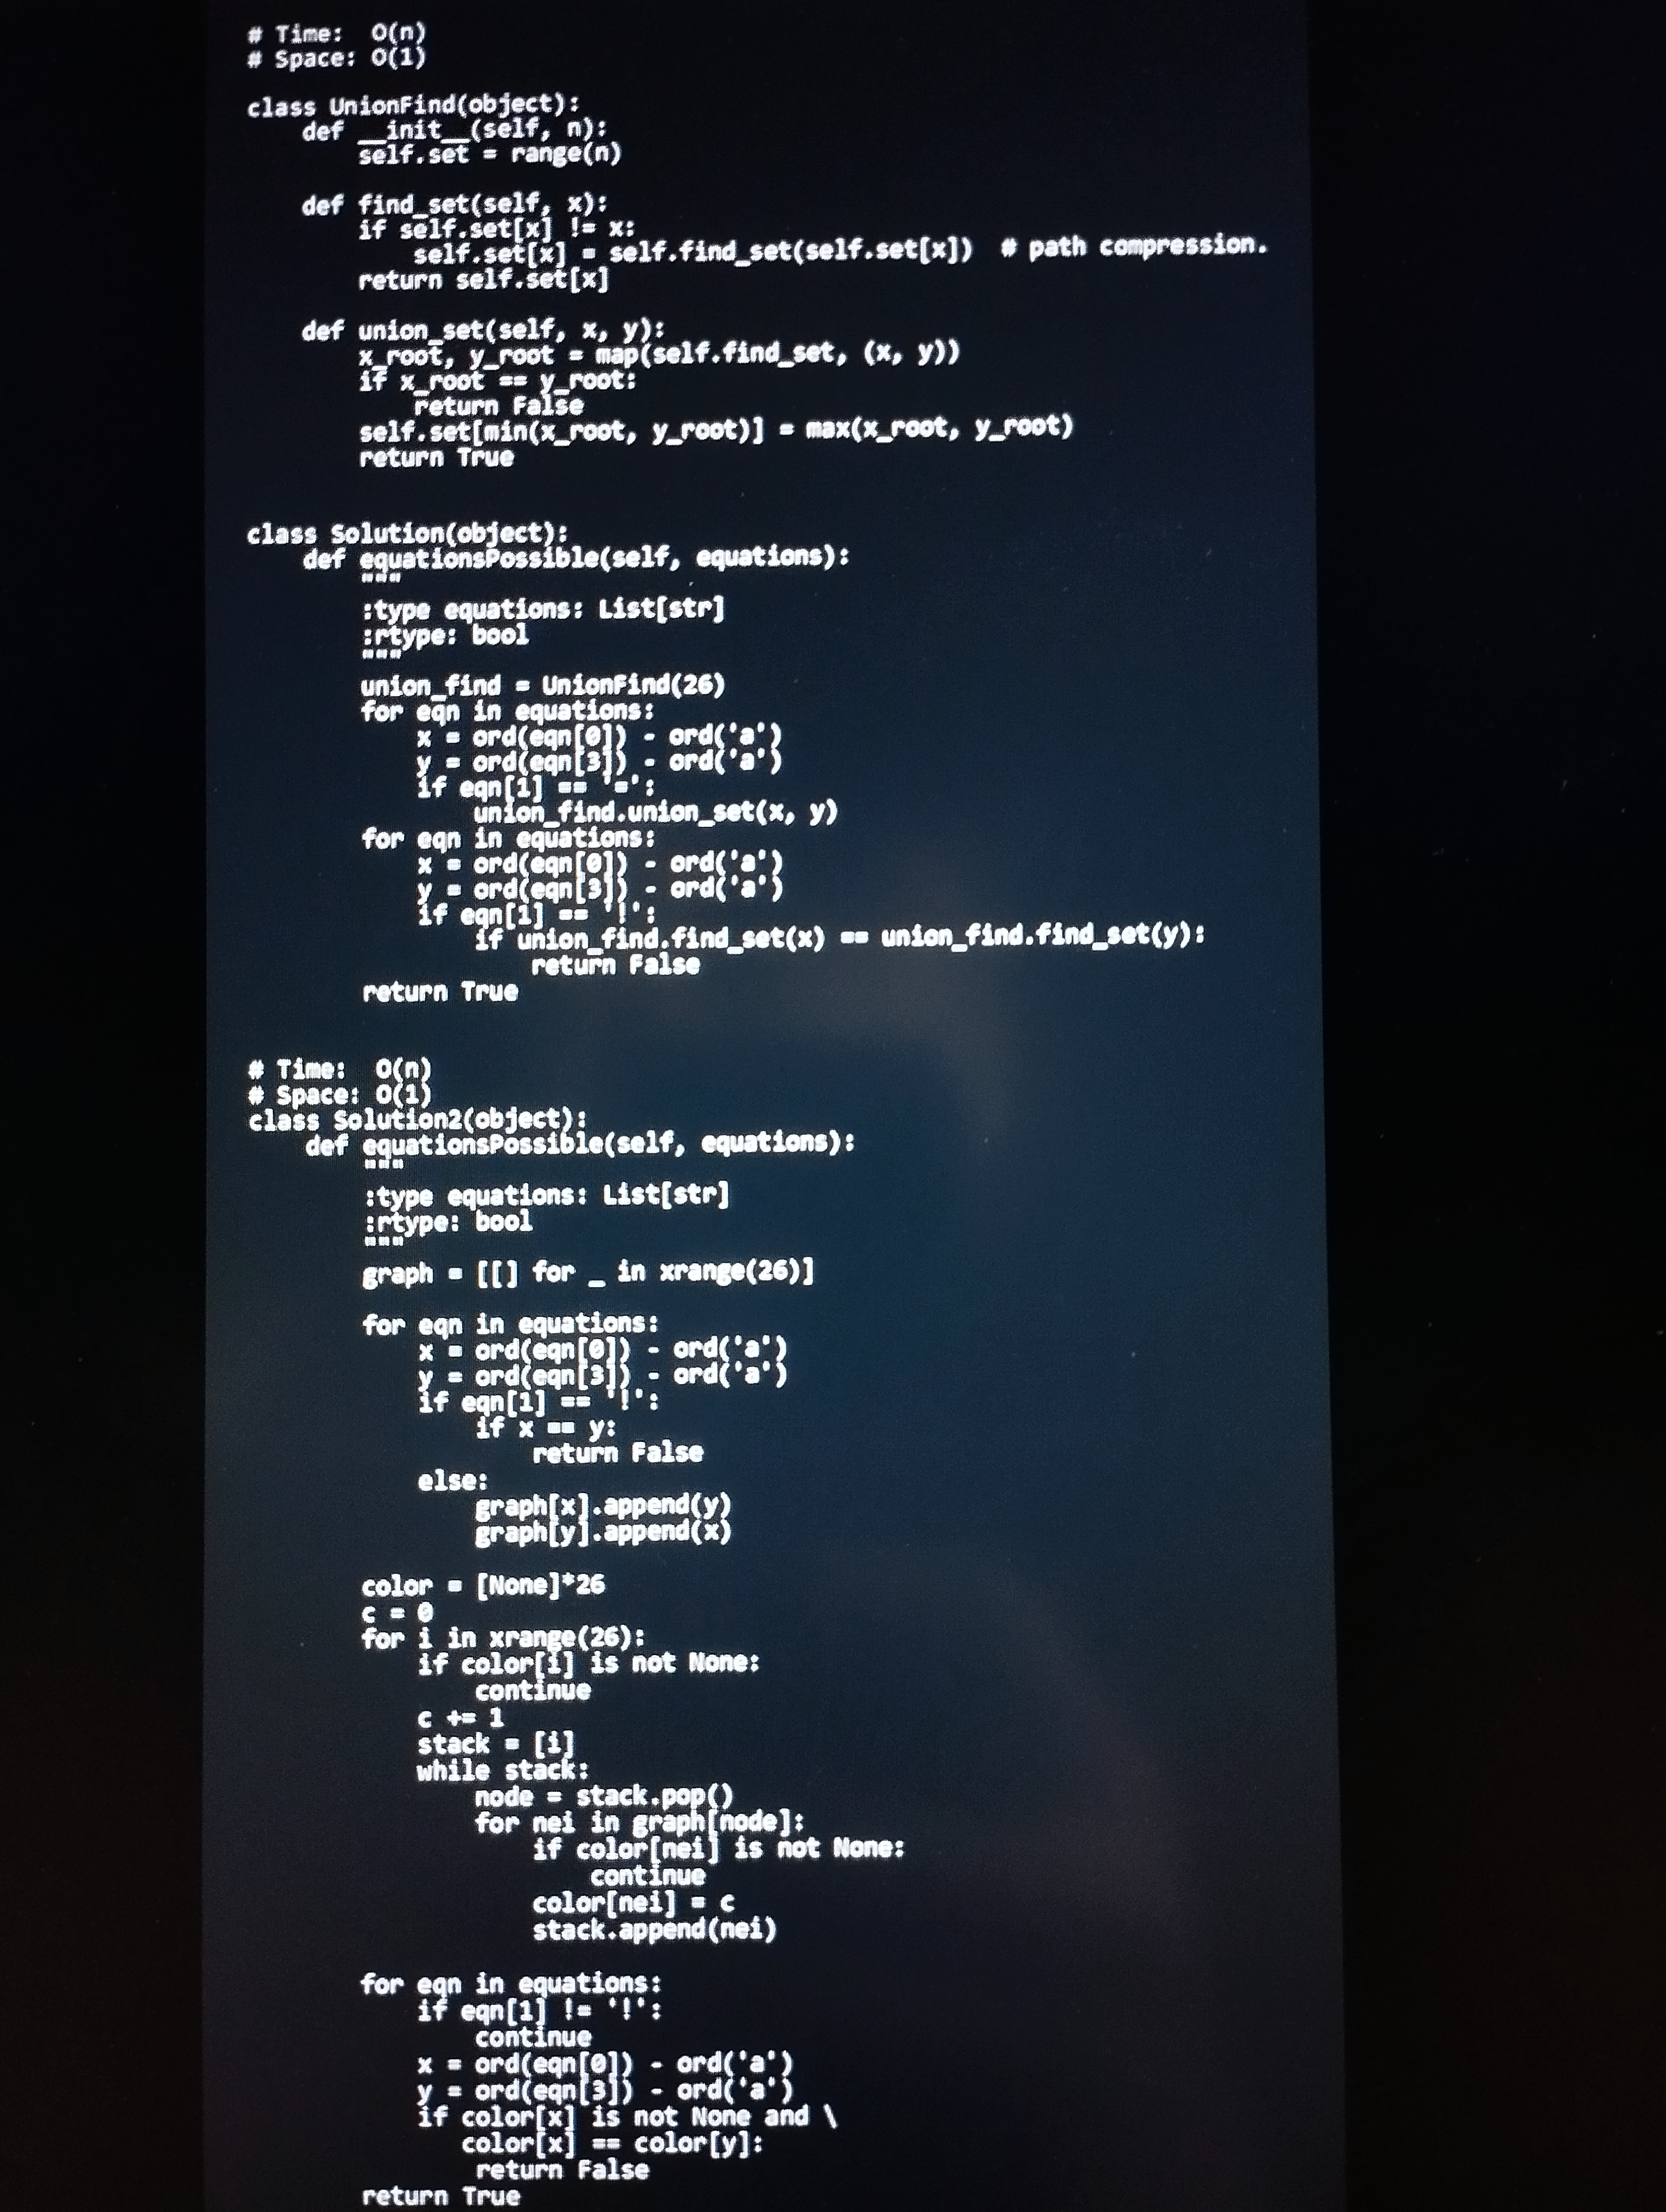
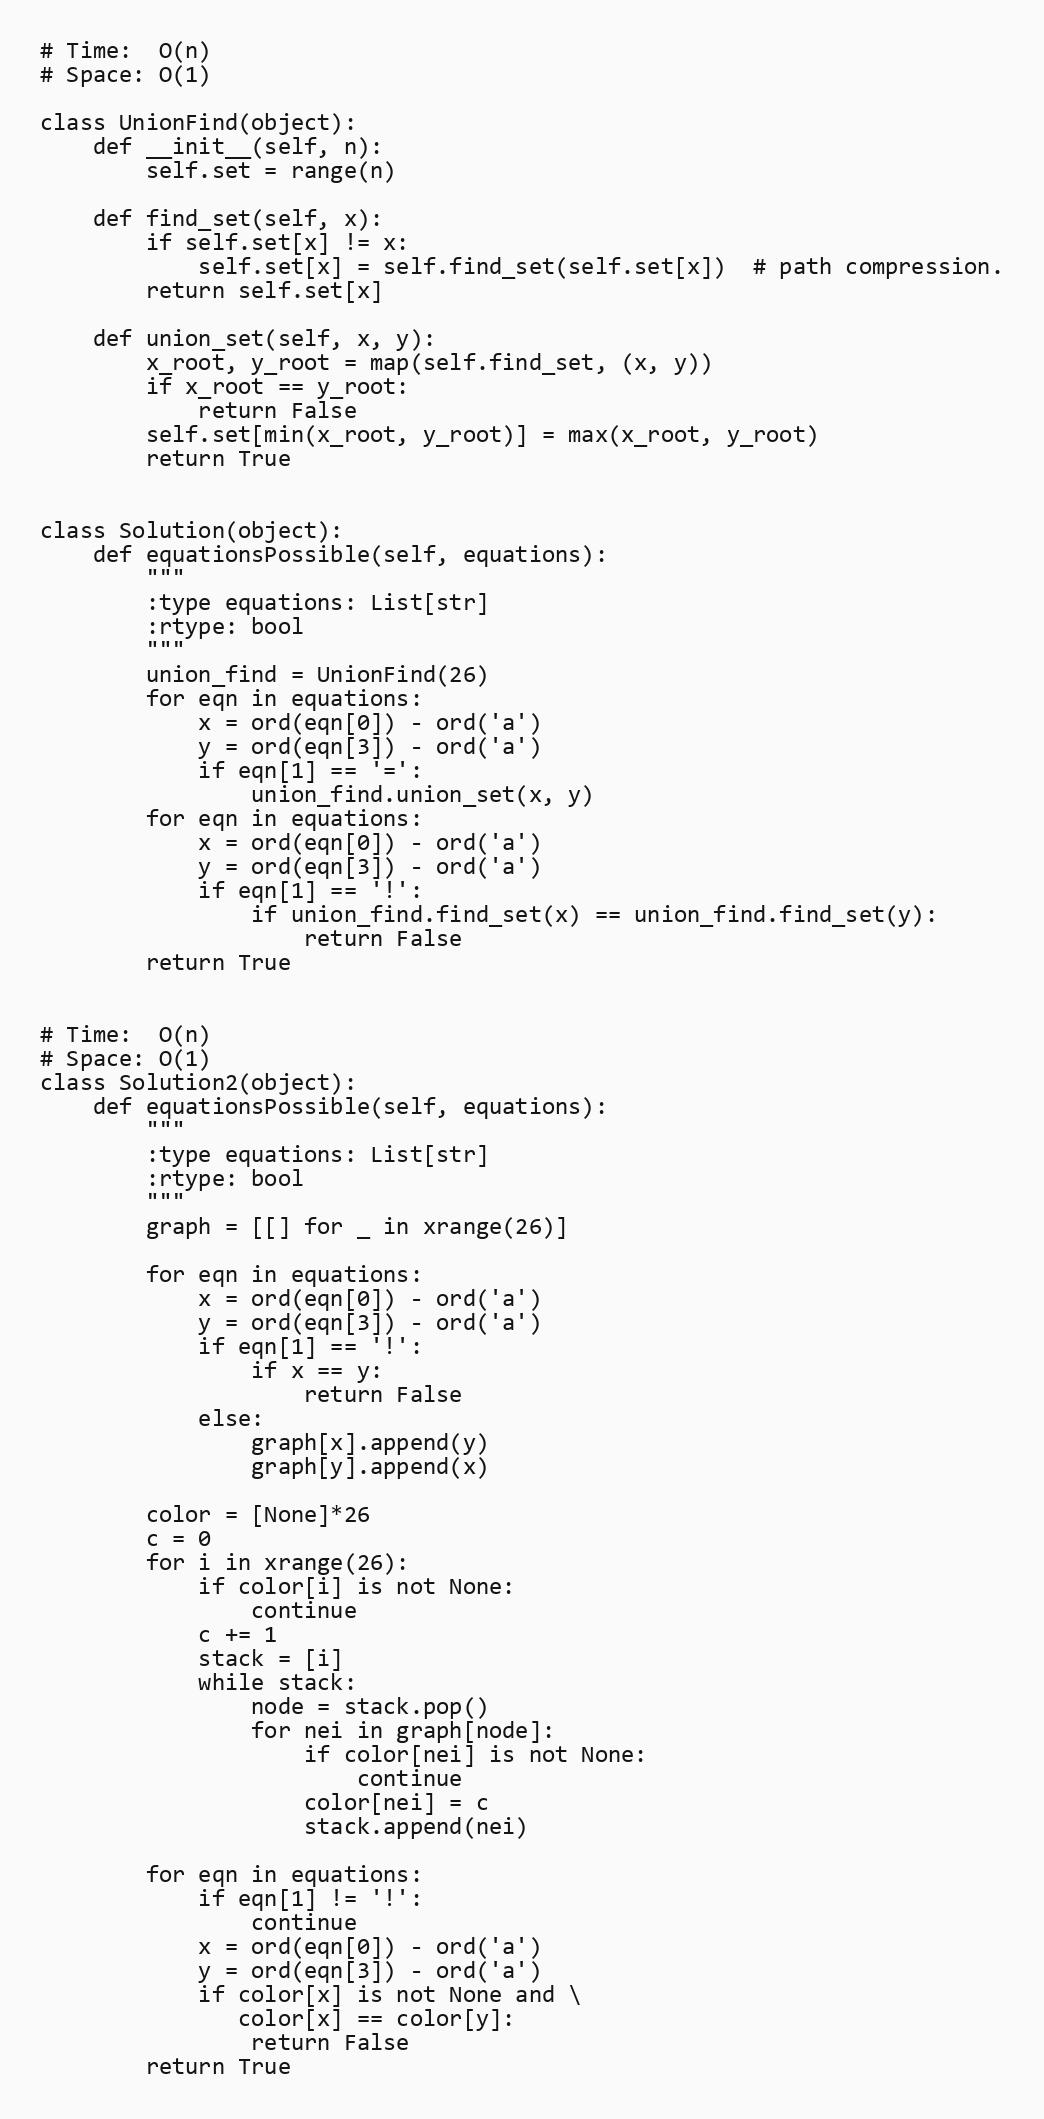
# Time:  O(n)
# Space: O(1)

class UnionFind(object):
    def __init__(self, n):
        self.set = range(n)

    def find_set(self, x):
        if self.set[x] != x:
            self.set[x] = self.find_set(self.set[x])  # path compression.
        return self.set[x]

    def union_set(self, x, y):
        x_root, y_root = map(self.find_set, (x, y))
        if x_root == y_root:
            return False
        self.set[min(x_root, y_root)] = max(x_root, y_root)
        return True

class Solution(object):
    def equationsPossible(self, equations):
        """
        :type equations: List[str]
        :rtype: bool
        """
        union_find = UnionFind(26)
        for eqn in equations:
            x = ord(eqn[0]) - ord('a')
            y = ord(eqn[3]) - ord('a')
            if eqn[1] == '=':
                union_find.union_set(x, y)
        for eqn in equations:
            x = ord(eqn[0]) - ord('a')
            y = ord(eqn[3]) - ord('a')
            if eqn[1] == '!':
                if union_find.find_set(x) == union_find.find_set(y):
                    return False
        return True

# Time:  O(n)
# Space: O(1)
class Solution2(object):
    def equationsPossible(self, equations):
        """
        :type equations: List[str]
        :rtype: bool
        """
        graph = [[] for _ in xrange(26)]

        for eqn in equations:
            x = ord(eqn[0]) - ord('a')
            y = ord(eqn[3]) - ord('a')
            if eqn[1] == '!':
                if x == y:
                    return False
            else:
                graph[x].append(y)
                graph[y].append(x)

        color = [None]*26
        c = 0
        for i in xrange(26):
            if color[i] is not None:
                continue
            c += 1
            stack = [i]
            while stack:
                node = stack.pop()
                for nei in graph[node]:
                    if color[nei] is not None:
                        continue
                    color[nei] = c
                    stack.append(nei)

        for eqn in equations:
            if eqn[1] != '!':
                continue
            x = ord(eqn[0]) - ord('a')
            y = ord(eqn[3]) - ord('a')
            if color[x] is not None and \
               color[x] == color[y]:
                return False
        return True